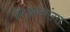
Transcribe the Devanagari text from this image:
पिंडारगंगा